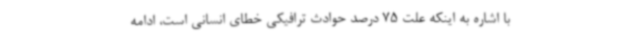
با اشاره به اینکه علت 75 درصد حوادث ترافیکی خطای انسانی است، ادامه